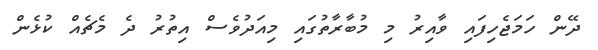
ދޭން ހަމަޖެހިފައި ވާއިރު މި މުބާރާތުގައި މިއަދުވެސް އިތުރު ދެ މެޗެއް ކުޅެން